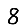
Digit: 8